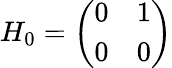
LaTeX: H_{0}=\left(\begin{array}{ll}{0}&{1}\\ {0}&{0}\end{array}\right)